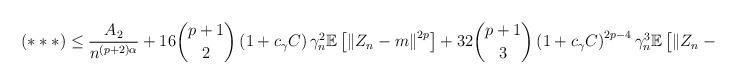
LaTeX: \begin{align*}(***) \leq \frac{A_{2}}{n^{(p+2)\alpha}} + 16 \binom{p+1}{2}\left( 1+c_{\gamma}C\right)\gamma_{n}^{2} \mathbb{E}\left[ \left\| Z_{n}-m \right\|^{2p}\right] + 32\binom{p+1}{3}\left( 1+c_{\gamma}C\right)^{2p-4}\gamma_{n}^{3} \mathbb{E}\left[ \left\| Z_{n}-m \right\|^{2p}\right].\end{align*}